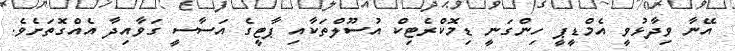
އޭނާ ވިދާޅުވީ އެމްޑީޕީ ހިންގަނީ ޑިމޮކްރެޓިކް އުސޫލްތަކާއި ޕާޓީގެ އަސާސީ ގަވާއިދާ އެއްގޮތަށެވެ.